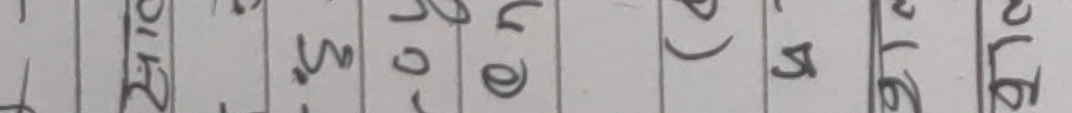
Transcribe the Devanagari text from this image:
रखियो भयो को रोग संग्रह विलाप